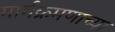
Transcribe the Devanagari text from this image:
मार्गक्रमणाच्या